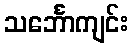
သင်္ဘောကျင်း